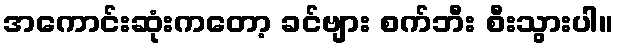
အကောင်းဆုံးကတော့ ခင်ဗျား စက်ဘီး စီးသွားပါ။